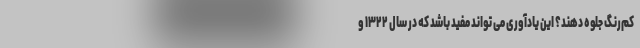
کم‌رنگ جلوه دهند؟ این یادآوری می تواند مفید باشد که در سال ۱۳۲۲ و